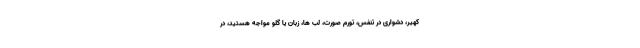
کهیر، دشواری در تنفس، تورم صورت، لب ها، زبان یا گلو مواجه هستید، در